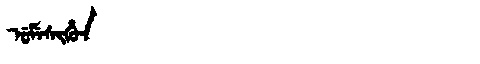
Manchu: ᡠᠮᡝᠰᡳᡥᡠᠨ
Romanization: UMESIHUN